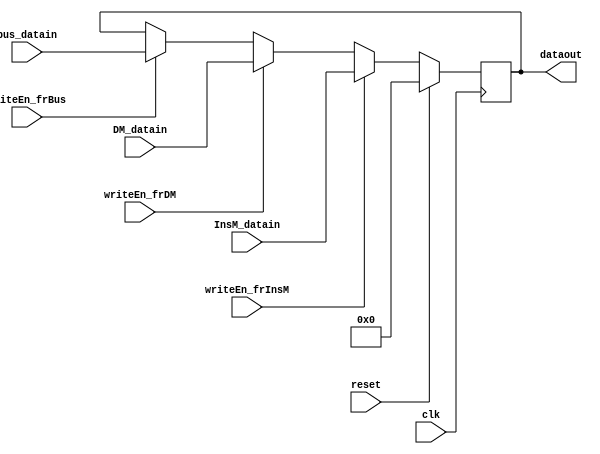
/* TODO

always@(dataout)
    memory = dataout

Updated in the processor

*/

module DR
#(
    parameter reg_width=12
)
(
    input wire writeEn_frBus, writeEn_frDM, writeEn_frInsM, // read from bus, data memory and instruction memory
    //output bus_write,dM, // write to bus and data memory -always on ports
    input wire [(reg_width-1):0] bus_datain, DM_datain, InsM_datain,
    input wire clk,reset,
    output reg [(reg_width-1):0] dataout
    // dataout will be connceted to bus and the data memory
    // they will decide which to choose
    //below four are the connections with control unit signals
    // writeEn_frBus => write_en
    // writeEn_frDM => mem_read > Data_M
    // writeEn_frInsM => mem_read > Ins_M
    
);

always @(posedge clk) begin

    if (reset)
        dataout = 12'b000000000000;

    else if(writeEn_frInsM)
        dataout = InsM_datain; 

    else if (writeEn_frDM)      //high priorty is given to data memory write enable/
        dataout = DM_datain;    //this is necessary for proper fucntionality of load reg 2 micro instruction

    else if (writeEn_frBus)
        dataout = bus_datain;
    /*always @(writeEn_frBus, writeEn_frDM, writeEn_frInsM,reset) begin

    if (reset)
        dataout = 12'b000000000000;

    else if(writeEn_frInsM)
        dataout = InsM_datain; 

    else if (writeEn_frDM)      //high priorty is given to data memory write enable/
        dataout = DM_datain;    //this is necessary for proper fucntionality of load reg 2 micro instruction

    else if (writeEn_frBus)
        dataout = bus_datain;*/



    
    //else  TO DO: Insert else if need
    
end

endmodule